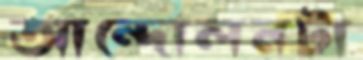
আন্দোলনটা